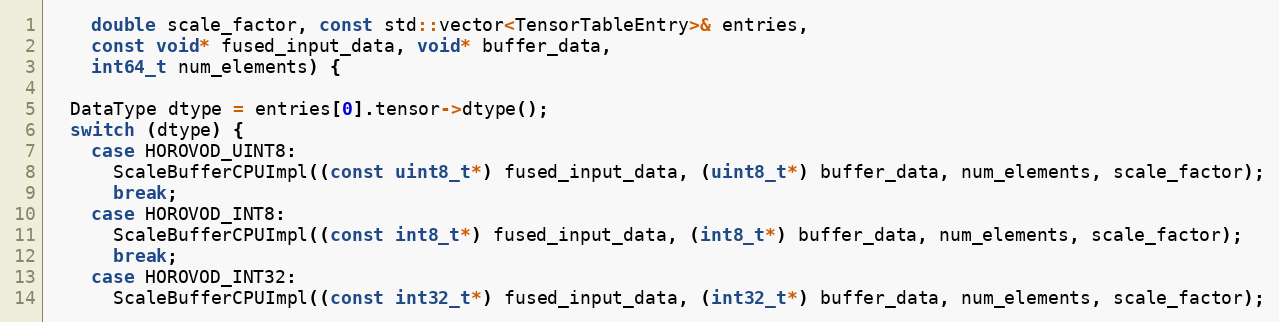
Language: C++
    double scale_factor, const std::vector<TensorTableEntry>& entries,
    const void* fused_input_data, void* buffer_data,
    int64_t num_elements) {

  DataType dtype = entries[0].tensor->dtype();
  switch (dtype) {
    case HOROVOD_UINT8:
      ScaleBufferCPUImpl((const uint8_t*) fused_input_data, (uint8_t*) buffer_data, num_elements, scale_factor);
      break;
    case HOROVOD_INT8:
      ScaleBufferCPUImpl((const int8_t*) fused_input_data, (int8_t*) buffer_data, num_elements, scale_factor);
      break;
    case HOROVOD_INT32:
      ScaleBufferCPUImpl((const int32_t*) fused_input_data, (int32_t*) buffer_data, num_elements, scale_factor);